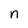
Character: n